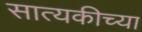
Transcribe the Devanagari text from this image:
सात्यकीच्या